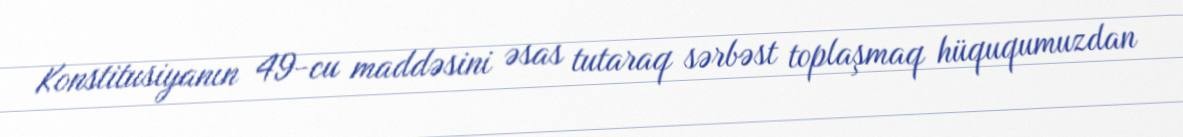
Konstitusiyanın 49-cu maddəsini əsas tutaraq sərbəst toplaşmaq hüququmuzdan